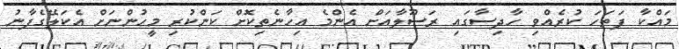
މައްކާ ފަތަހަ ކުރެއްވި ހާދިސާގައި ރަސޫލާއަށް އެންމެ އިހާނެތިކޮށް ކަންކުރި މީހުންނަށް އެކަލޭގެފާނު